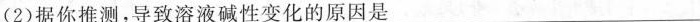
(2)据你推测，导致溶液碱性变化的原因是___